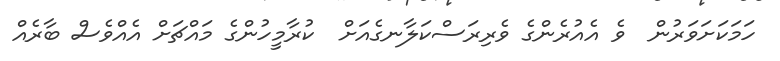
ހަމަކަށަވަރުން  ވެ އެއުރެންގެ ވެރިރަސްކަލާނގެއަށް  ކުރާމީހުންގެ މައްޗަށް އެއްވެސް ބާރެއް